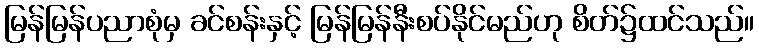
မြန်မြန်ပညာစုံမှ ခင်စန်းနှင့် မြန်မြန်နီးစပ်နိုင်မည်ဟု စိတ်၌ထင်သည်။